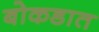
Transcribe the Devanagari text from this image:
बोकडात